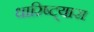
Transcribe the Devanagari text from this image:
धारिष्ट्यास